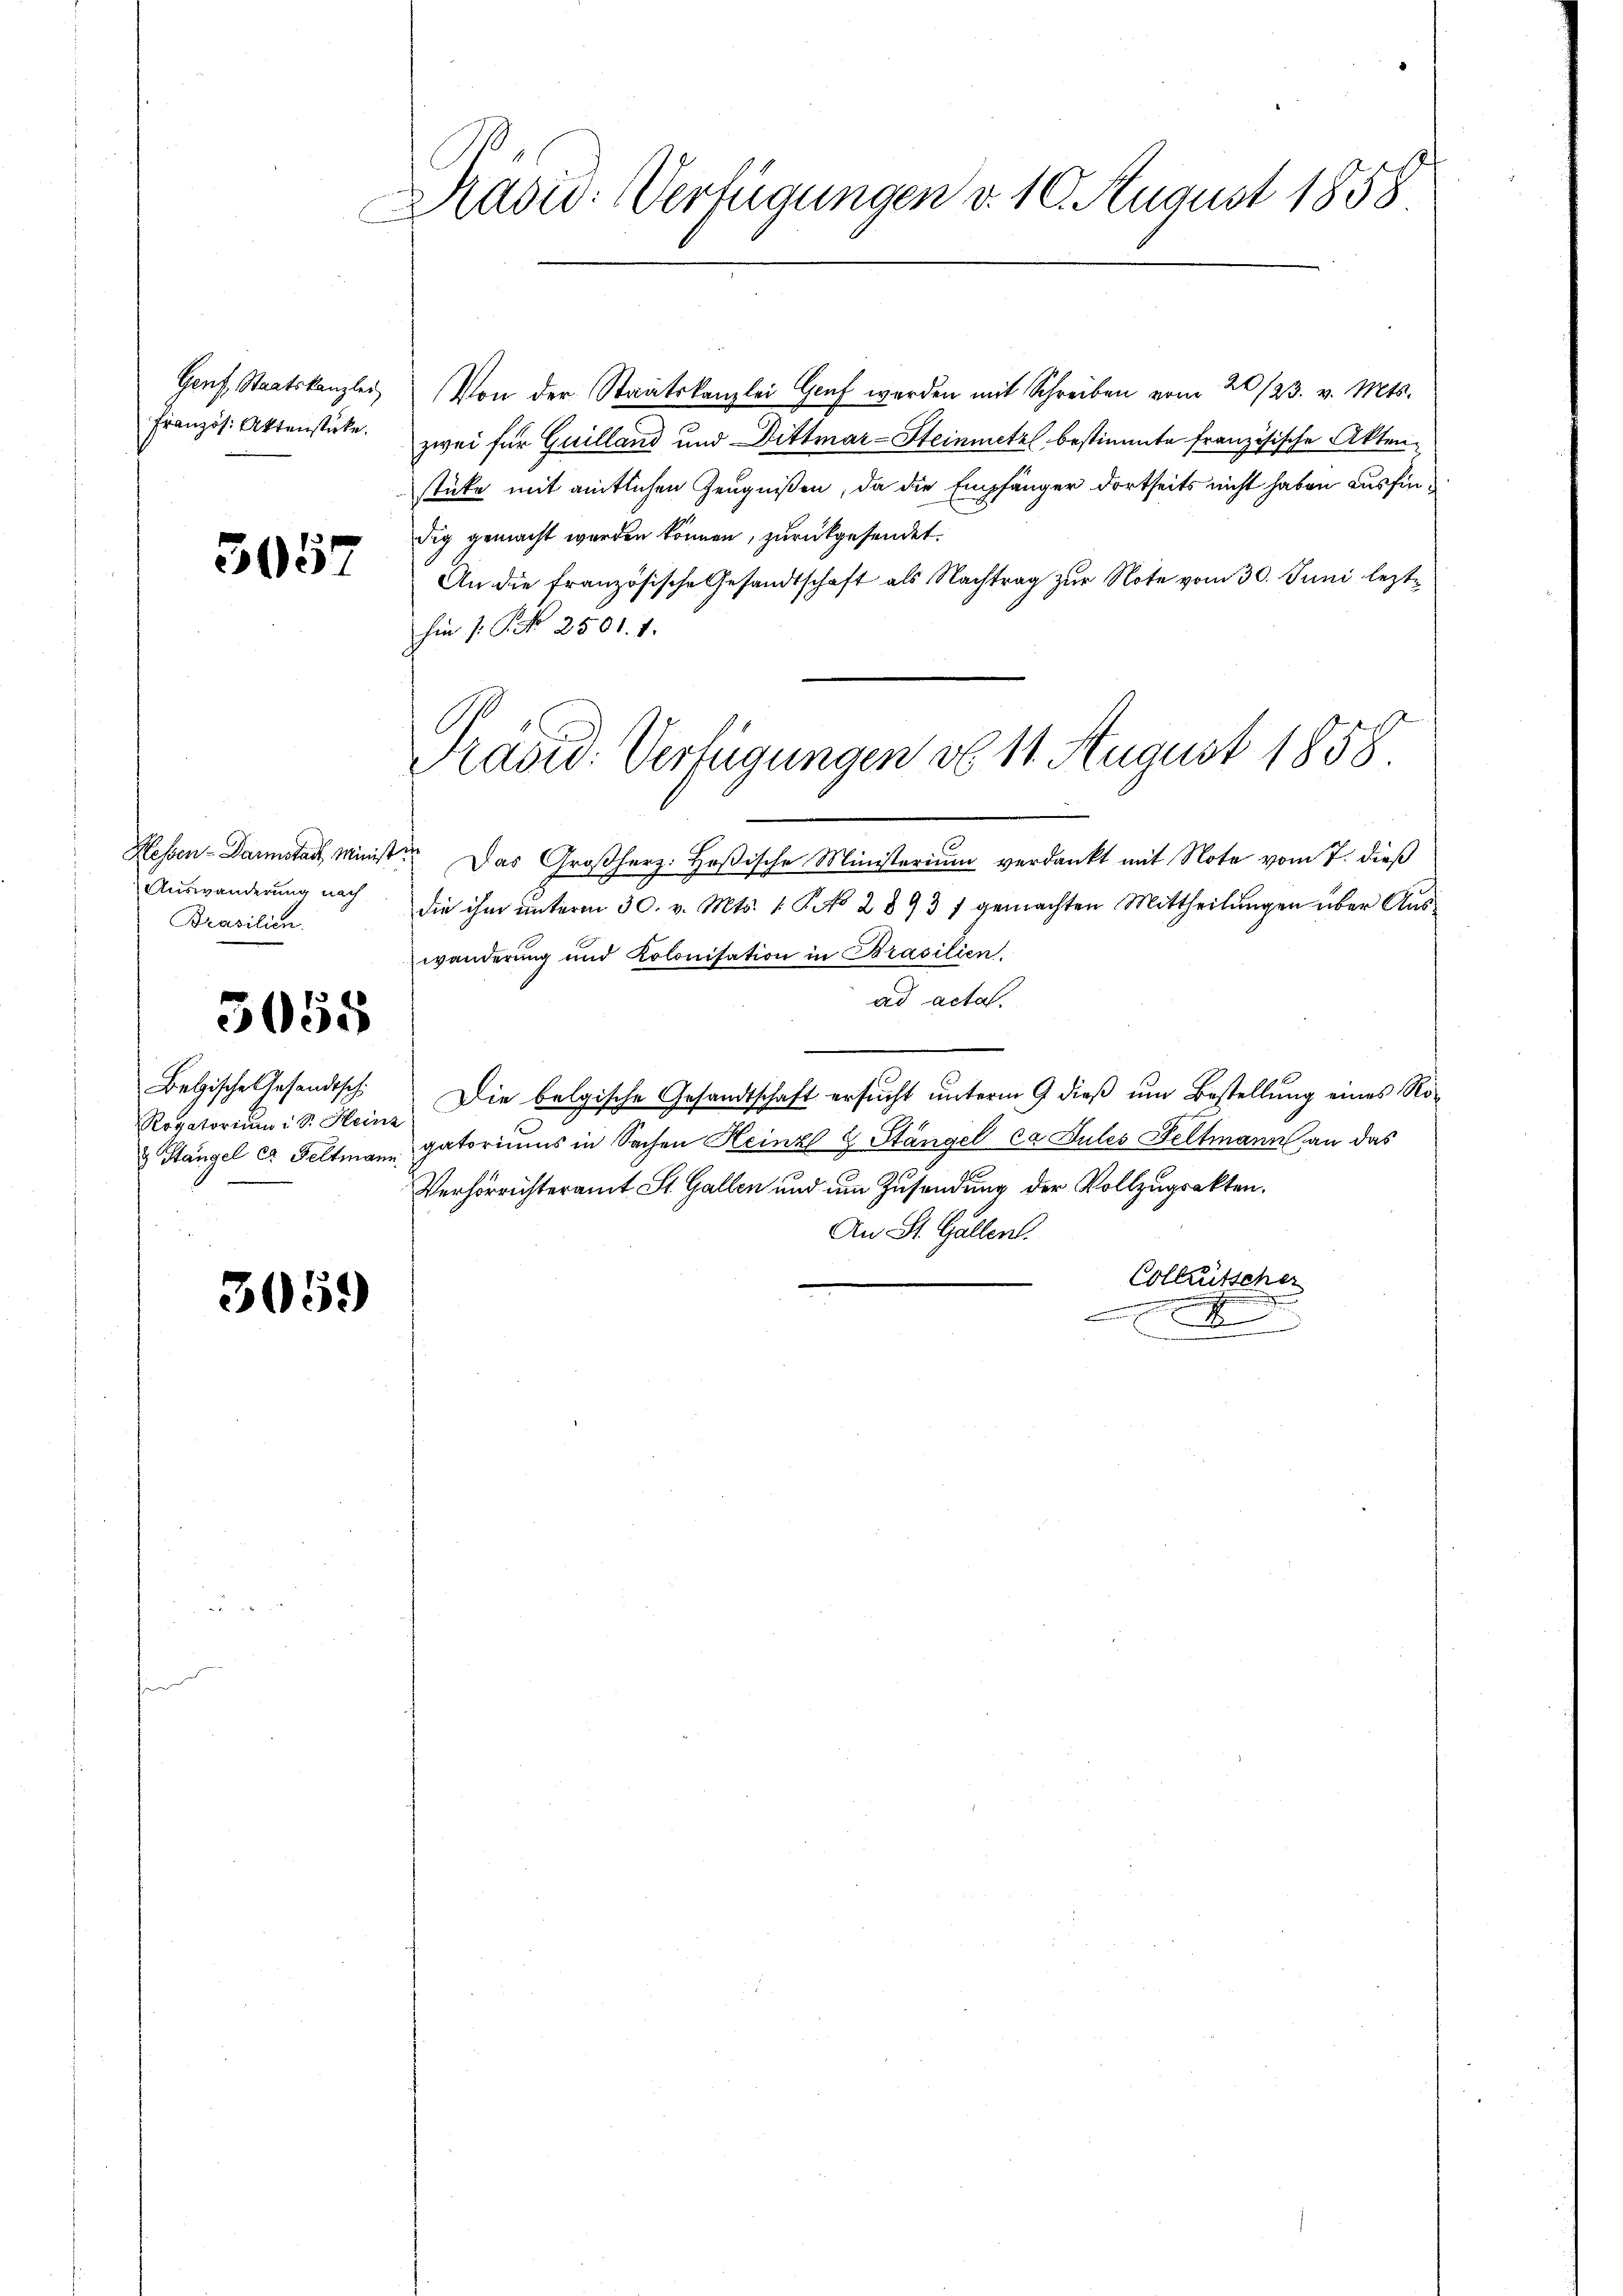
Französ. Aktenstücke.

3057

Auswanderung nach
Prasilien.

5058

Rogatorium Sr. Heinz

3059

Präsid. Verfügungen d. 10. August 1858

Genf Staatskanzlei Von der Staatskanzlei Genf werden mit Schreiben vom 20./23. v. Mts.
zwei für Guilland und Dittmar-Steinmetz bestimmte französische Aktenstüke mit amtlichen Zeugnißen, da die Empfänger dortseits nicht haben ausfindig gemacht werden können, zurückgesendet.
An die französische Gesandtschaft als Nachtrag zur Note vom 30. Juni lezthin (: P. Nro 2501. 1.
Hessen-Darmstag, Minist. Das Großherz. Heßische Ministerium verdankt mit Note vom 7. dieß
die ihm ŭnterm 30. v. Mts. 1. Po 2893 / gemachten Mittheilŭngen über Aŭs-
wanderung und Kolonisation in Brasilien.
ad acta.
Betische Gesandtsch. Die belgische Gesandtschaft ersucht unterm 9 dieß um Bestellung eines Ro¬
Stängel et Seltmann gatoriums in Sachen Heinz 9 Stängel ca Sules Feltmann an das
Verhörrichteramt St. Gallen und um Zusendung der Vollzugrakten.
An St. Gallen.
Colleitscher
x

Präsid. Verfügungen d. 11. August 1858.